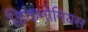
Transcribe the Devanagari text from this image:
डिकनोनियस